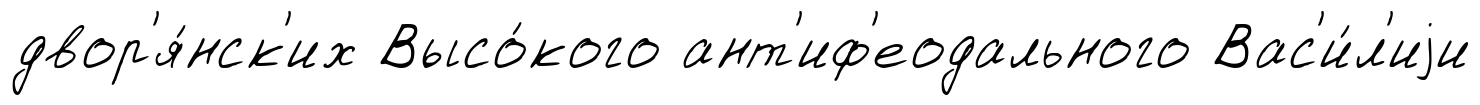
двор'я́нск'их Высо́кого ант'иф'еодального Вас'и́л'иjи